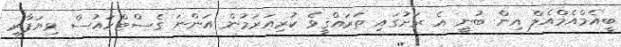
ބީއެމްއެމްއެލް އިން ބުނީ އެ ރަށުގައި ތަރައްޤީވެ ކުރިއަރަމުން އަންނަ ގެސްޓްހައުސް ވިޔަފާރި